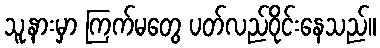
သူ့နားမှာ ကြက်မတွေ ပတ်လည်ဝိုင်းနေသည်။